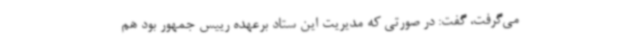
می‌گرفت، گفت: در صورتی که مدیریت این ستاد برعهده رییس جمهور بود هم